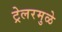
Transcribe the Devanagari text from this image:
ट्रेलरमुळे